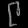
Digit: ၉